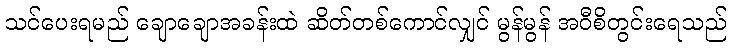
သင်ပေးရမည် ချောချောအခန်းထဲ ဆိတ်တစ်ကောင်လျှင် မွန်မွန် အဝီစိတွင်းရေသည်